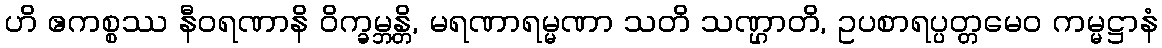
ဟိ ဧကစ္စဿ နီဝရဏာနိ ဝိက္ခမ္ဘန္တိ, မရဏာရမ္မဏာ သတိ သဏ္ဌာတိ, ဥပစာရပ္ပတ္တမေဝ ကမ္မဋ္ဌာနံ